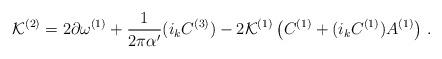
LaTeX: \begin{align*}{\cal K}^{(2)}= 2 \partial \omega^{(1)} + {1 \over 2\pi\alpha^{\prime}}(i_k C^{(3)})- 2 {\cal K}^{(1)} \left(C^{(1)}+ (i_k C^{(1)}) A^{(1)}\right) \, .\end{align*}